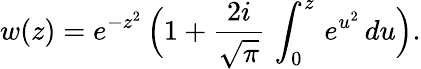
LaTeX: w(z)=e^{-z^{2}}\, \Big(1+\frac{2i}{\sqrt{\pi}}\, \int_{0}^{z}\, e^{u^{2}}\, du\Big).